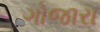
ગોજારા